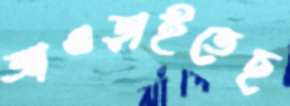
আওড়াইতেছ